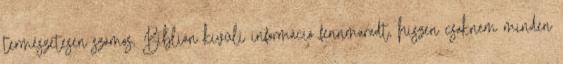
természetesen számos, Biblián kívüli információ fennmaradt, hiszen csaknem minden